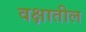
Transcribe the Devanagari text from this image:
वक्षातील